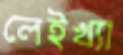
লেইখ্যা